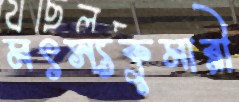
মৎস্যকুমারী